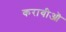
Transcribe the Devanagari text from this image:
करायीऒ